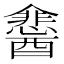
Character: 𮡉